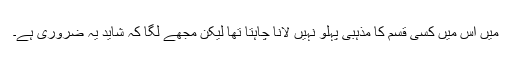
میں اِس میں کِسی قِسم کا مذہبی پہلو نہیں لانا چاہتا تھا لیکن مُجھے لگا کہ شاید یہ ضُروری ہے۔